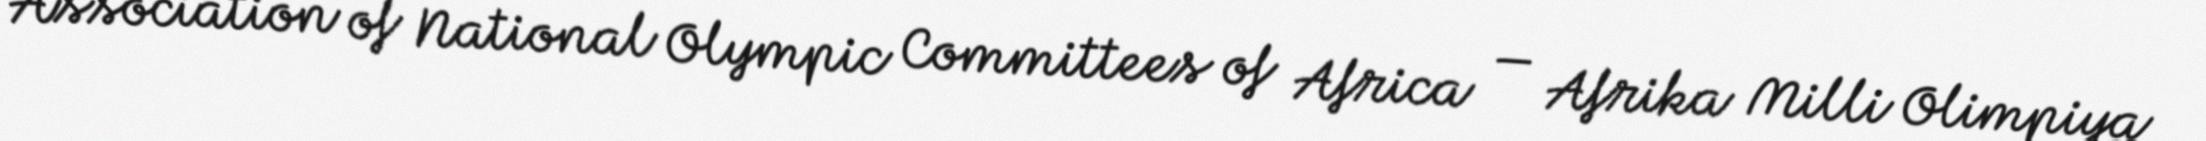
Association of National Olympic Committees of Africa — Afrika Milli Olimpiya